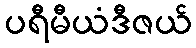
ပရီမီယံဒီဇယ်